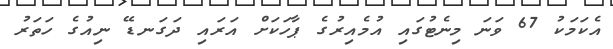
އެކަމަކު 67 ވަނަ މިނެޓުގައި އުމެއިރުގެ ޕާހަކަށް އަރައި ދަގަނޑޭ ނިއުގެ ހަތަރު